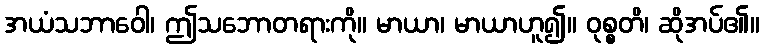
အယံသဘာဝေါ၊ ဤသဘောတရားကို။ မာယာ၊ မာယာဟူ၍။ ဝုစ္စတိ၊ ဆိုအပ်၏။